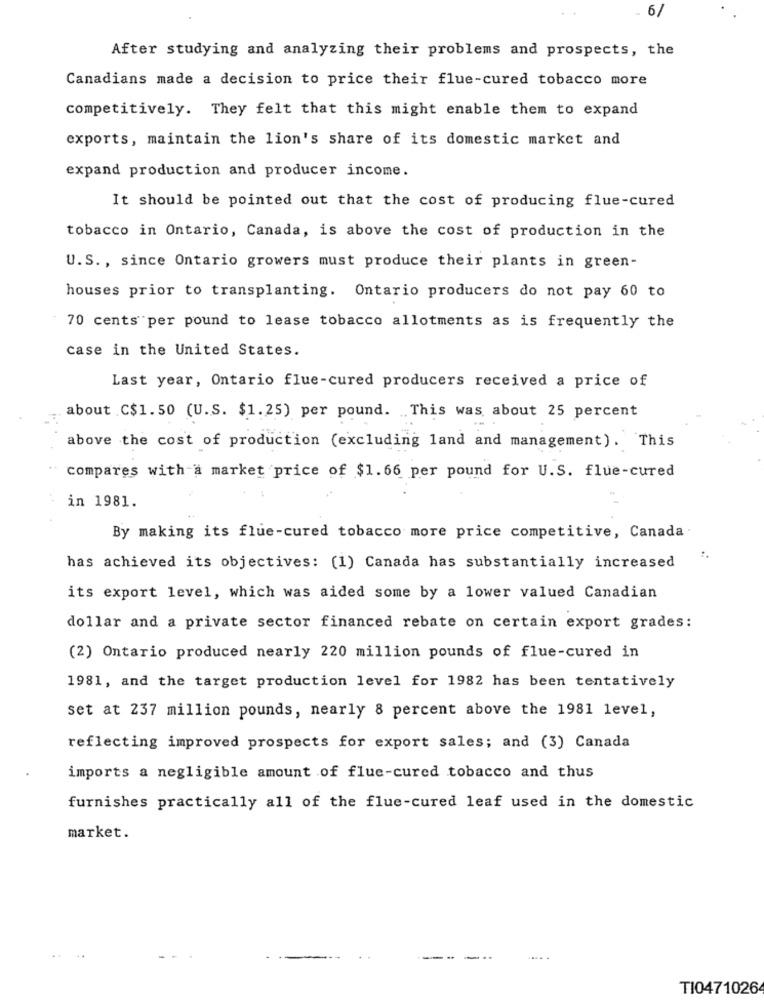
6
After studying and analyzing their problems and prospects, the
Canadians made a decision to price their flue-cured tobacco more
competitively. They felt that this might enable them to expand
exports, maintain the lion's share of its domestic market and
expand production and producer income.
It should be pointed out that the cost of producing flue-cured
tobacco in Ontario, Canada, is above the cost of production in the
U.S ., since Ontario growers must produce their plants in green-
houses prior to transplanting. Ontario producers do not pay 60 to
70 cents per pound to lease tobacco allotments as is frequently the
case in the United States.
Last year, Ontario flue-cured producers received a price of
about .C$1. 50 (U.S. $1.25) per pound. This was about 25 percent
above the cost of production (excluding land and management). This
compares with a market price of $1.66 per pound for U.S. flue-cured
in 1981.
By making its flue-cured tobacco more price competitive, Canada.
has achieved its objectives: (1) Canada has substantially increased
its export level, which was aided some by a lower valued Canadian
dollar and a private sector financed rebate on certain export grades:
(2) Ontario produced nearly 220 million pounds of flue-cured in
1981, and the target production level for 1982 has been tentatively
set at 237 million pounds, nearly 8 percent above the 1981 level,
reflecting improved prospects for export sales; and (3) Canada
imports a negligible amount of flue-cured tobacco and thus
furnishes practically all of the flue-cured leaf used in the domestic
market.
TI0471026